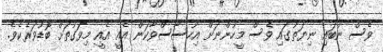
ވެސް ނުބައި ނިޔަތުގައި ވެސް މީހުންނަށް އިހުސާސްވާކަން އެއީ އެއީ މިވަގުތަށް ބޮޑުވަރެކެވެ.